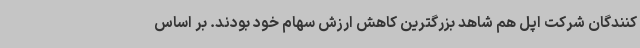
کنندگان شرکت اپل هم شاهد بزرگترین کاهش ارزش سهام خود بودند. بر اساس